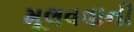
મૂલવવાની